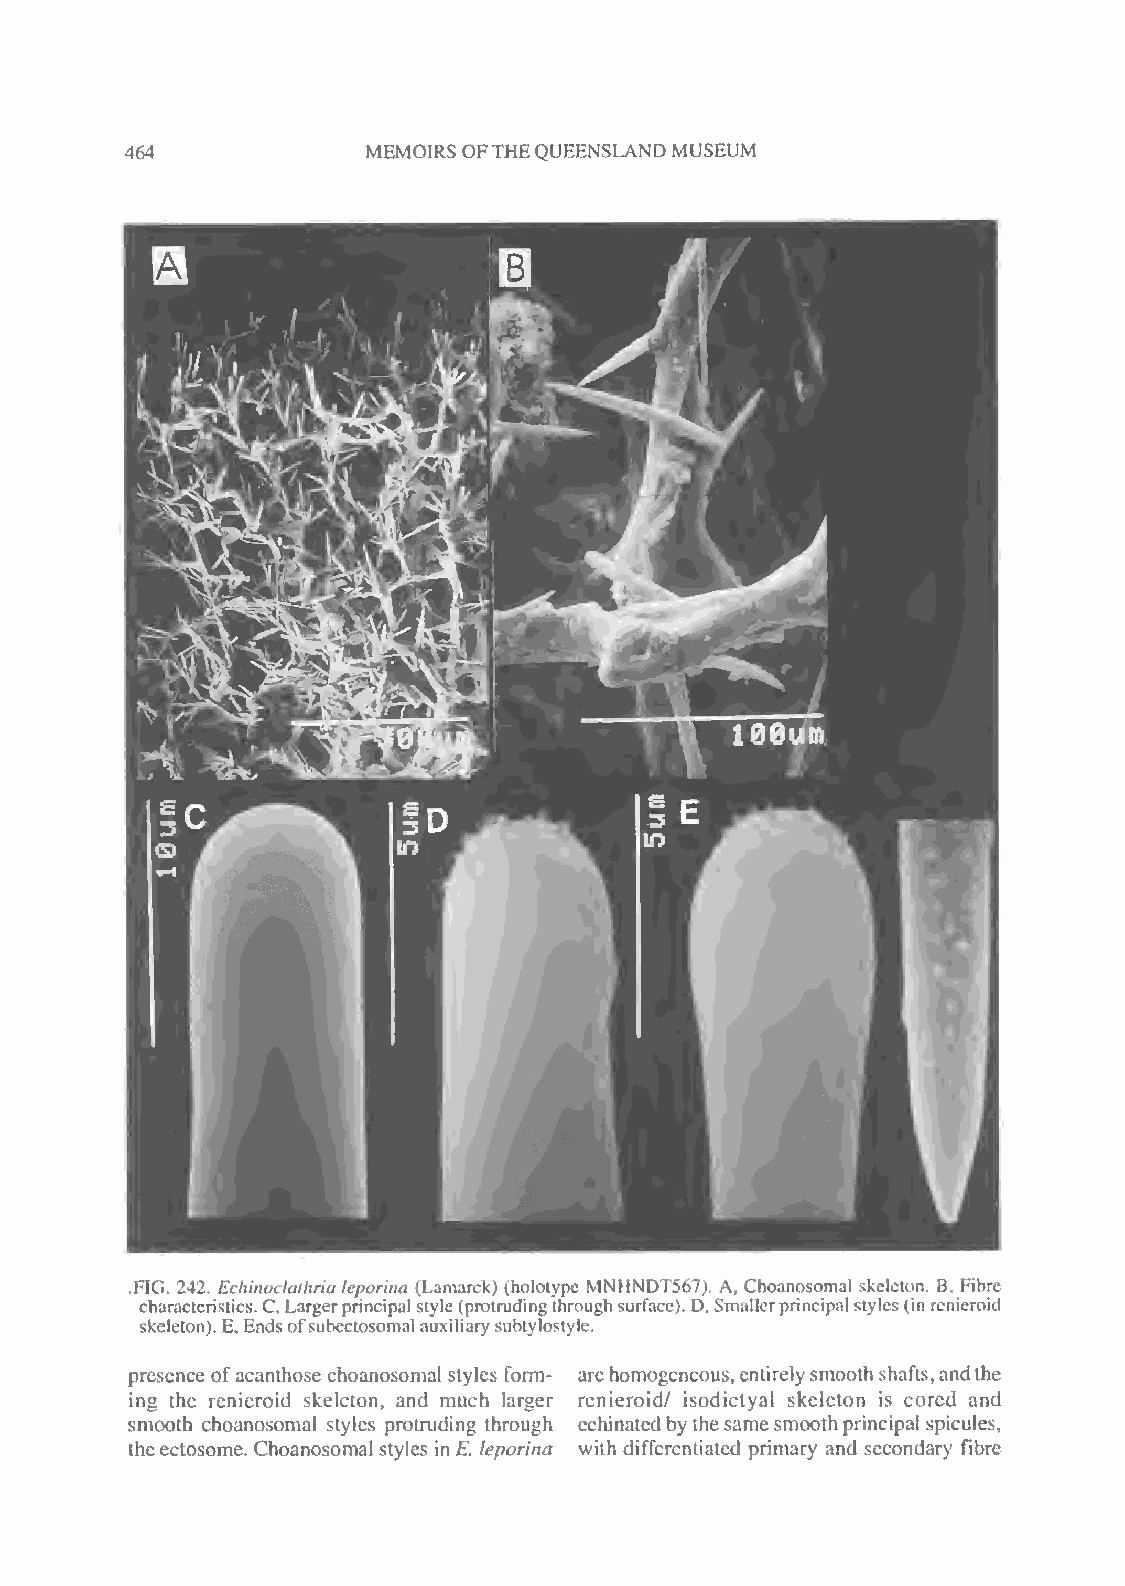
464             MEMOIRS OFTHEQUEENSLAND MUSEUM
 FIG. 242. Echinoclathria leporine (Lamarck) (hololype MNHNDT567). A Choanosomal skeleton. B, Fibre
 T
 characteristics.C,Largerprincipalstyle (protrudingthroughsurface). D. Smallerprincipal styles(inrenieroid
 skeleton).E,Endsofsubectosomalauxiliary subtylostyle.
 presence ofacanthose choanosomal styles form- arehomogeneous,entirelysmooth shafts,andthe
 ing the renieroid skeleton, and much larger renieroid/ isodictyal skeleton is cored and
 smooth choanosomal styles protruding through echinated by the same smoothprincipal spicules,
 theectosome. Choanosomal styles in E. leporina with differentiated primary and secondary fibre